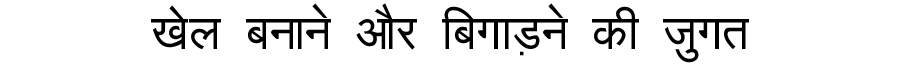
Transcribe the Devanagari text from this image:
खेल बनाने और बिगाड़ने की जुगत